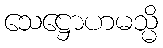
သေဋ္ဌောဟမသ္မိ